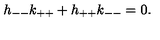
h _ { -- } k _ { + + } + h _ { + + } k _ { -- } = 0 .